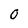
Character: O